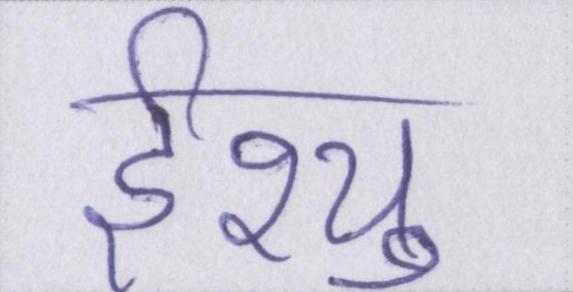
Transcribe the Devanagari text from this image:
ईश्यु